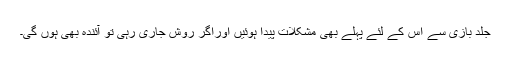
جلد بازی سے اس کے لئے پہلے بھی مشکلات پیدا ہوئیں اوراگر روش جاری رہی تو آئندہ بھی ہوں گی۔